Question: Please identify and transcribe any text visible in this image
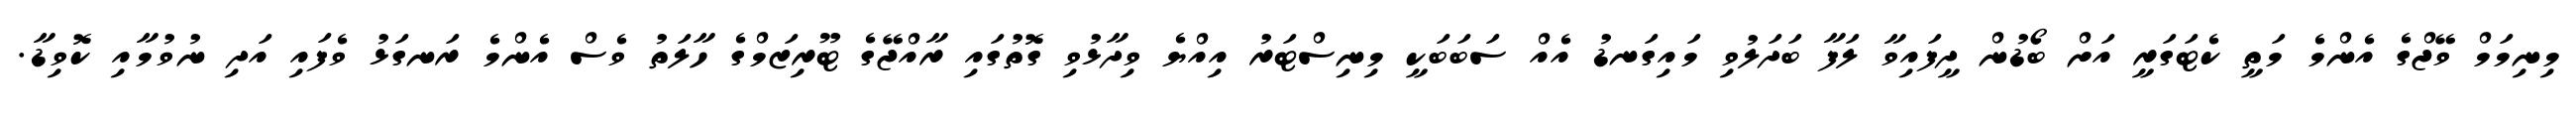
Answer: މިނިމަމް ވޭޖްގެ އެންމެ މަތީ ކެޓަގަރީ އަށް ބޯޑުން ދީފައިވާ ލަފާ ބަދަލުވި މައިގަނޑު އެއް ސަބަބަކީ މިނިސްޓަރު އިއްޔެ ވިދާޅުވި ގޮތުގައި ރާއްޖޭގެ ޓޫރިޒަމްގެ ހާލަތު ވެސް އެންމެ ރަނގަޅު ވެފައި އަދި ނުވުމާއި ކޮވިޑާ.